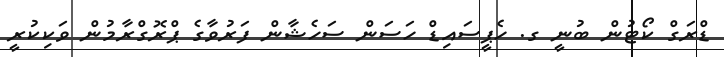
ޑްރަގް ކޯޓުން ބުނީ ގ. ހެޕީސައިޑް ހަސަން ސަހެޝާން ފަރުވާގެ ޕްރޮގްރާމުން ވަކިކުރީ